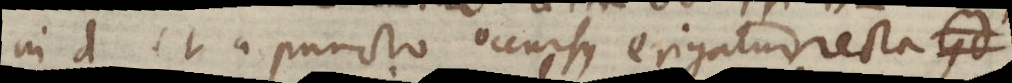
in d et a puncto occursus erigatur recta Gd